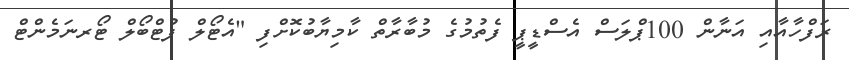
ރަފްހާއާއި އަނާން 100ޕްލަސް އެސްޑީޕީ ފެތުމުގެ މުބާރާތް ކާމިޔާބުކޮށްފި "އެޓޯލް ފުޓްބޯލް ޓޯރނަމެންޓް